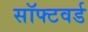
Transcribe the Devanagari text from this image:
सॉफ्टवर्ड